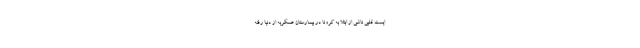
ایست قلبی ناشی از ابتلا به کرونا در بیمارستان عسکریه از دنیا رفته